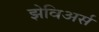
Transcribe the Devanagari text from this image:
झेविअर्स